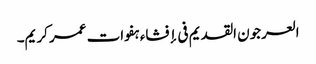
العرجون القدیم فی إفشاء ہفوات عمر کریم۔